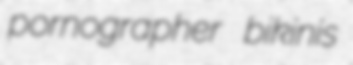
pornographer bikinis